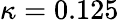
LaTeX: \kappa=0.125